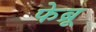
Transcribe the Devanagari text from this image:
फेब्रू